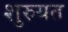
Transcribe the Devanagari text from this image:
शुरुयत